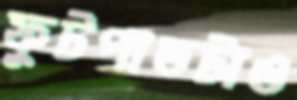
ফুটপাতটাও